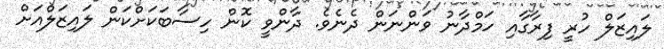
ލައިޒަލް ހުރީ ފިރާގާއި ހަމްދާނު ވަންނަން ދެނެވެ. ދާންވީ ކޮން ހިސާބަކަށްކަން ލައިޒަލްއަށް